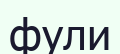
фули